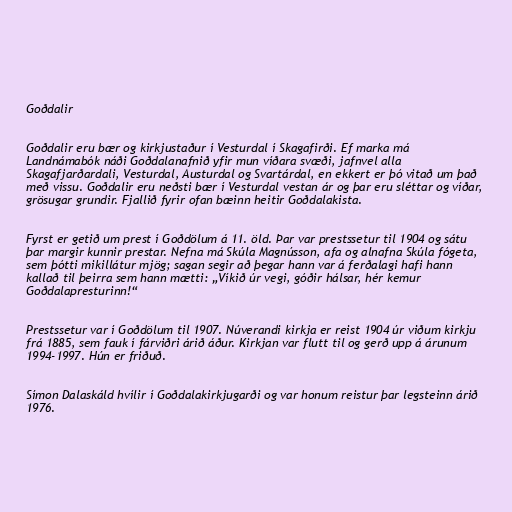
Goðdalir

Goðdalir eru bær og kirkjustaður í Vesturdal í Skagafirði. Ef marka má
Landnámabók náði Goðdalanafnið yfir mun víðara svæði, jafnvel alla
Skagafjarðardali, Vesturdal, Austurdal og Svartárdal, en ekkert er þó vitað um það
með vissu. Goðdalir eru neðsti bær í Vesturdal vestan ár og þar eru sléttar og víðar,
grösugar grundir. Fjallið fyrir ofan bæinn heitir Goðdalakista.

Fyrst er getið um prest í Goðdölum á 11. öld. Þar var prestssetur til 1904 og sátu
þar margir kunnir prestar. Nefna má Skúla Magnússon, afa og alnafna Skúla fógeta,
sem þótti mikillátur mjög; sagan segir að þegar hann var á ferðalagi hafi hann
kallað til þeirra sem hann mætti: „Víkið úr vegi, góðir hálsar, hér kemur
Goðdalapresturinn!“

Prestssetur var í Goðdölum til 1907. Núverandi kirkja er reist 1904 úr viðum kirkju
frá 1885, sem fauk í fárviðri árið áður. Kirkjan var flutt til og gerð upp á árunum
1994-1997. Hún er friðuð.

Símon Dalaskáld hvílir í Goðdalakirkjugarði og var honum reistur þar legsteinn árið
1976.